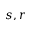
s , r